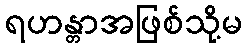
ရဟန္တာအဖြစ်သို့မ